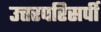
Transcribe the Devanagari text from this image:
उत्तरपरिसर्पी